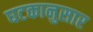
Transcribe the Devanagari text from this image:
घटकानुसार